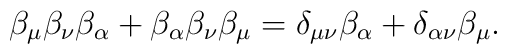
\beta _\mu\beta _\nu \beta _\alpha +\beta _\alpha \beta _\nu \beta_\mu =\delta _{\mu \nu }\beta _\alpha +\delta _{\alpha \nu }\beta_\mu  .